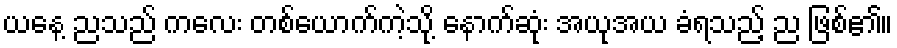
ယနေ့ ညသည် ကလေး တစ်ယောက်ကဲ့သို့ နောက်ဆုံး အယုအယ ခံရသည့် ည ဖြစ်၏။